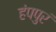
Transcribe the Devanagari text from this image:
हंपपुरं